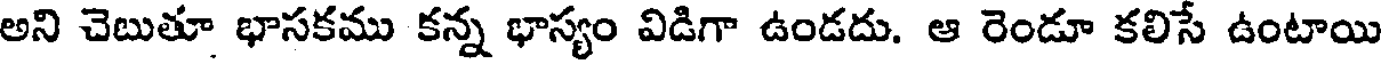
అని చెబుతూ భాసకము కన్న భాస్యం విడిగా ఉండదు. ఆ రెండూ కలిసే ఉంటాయి